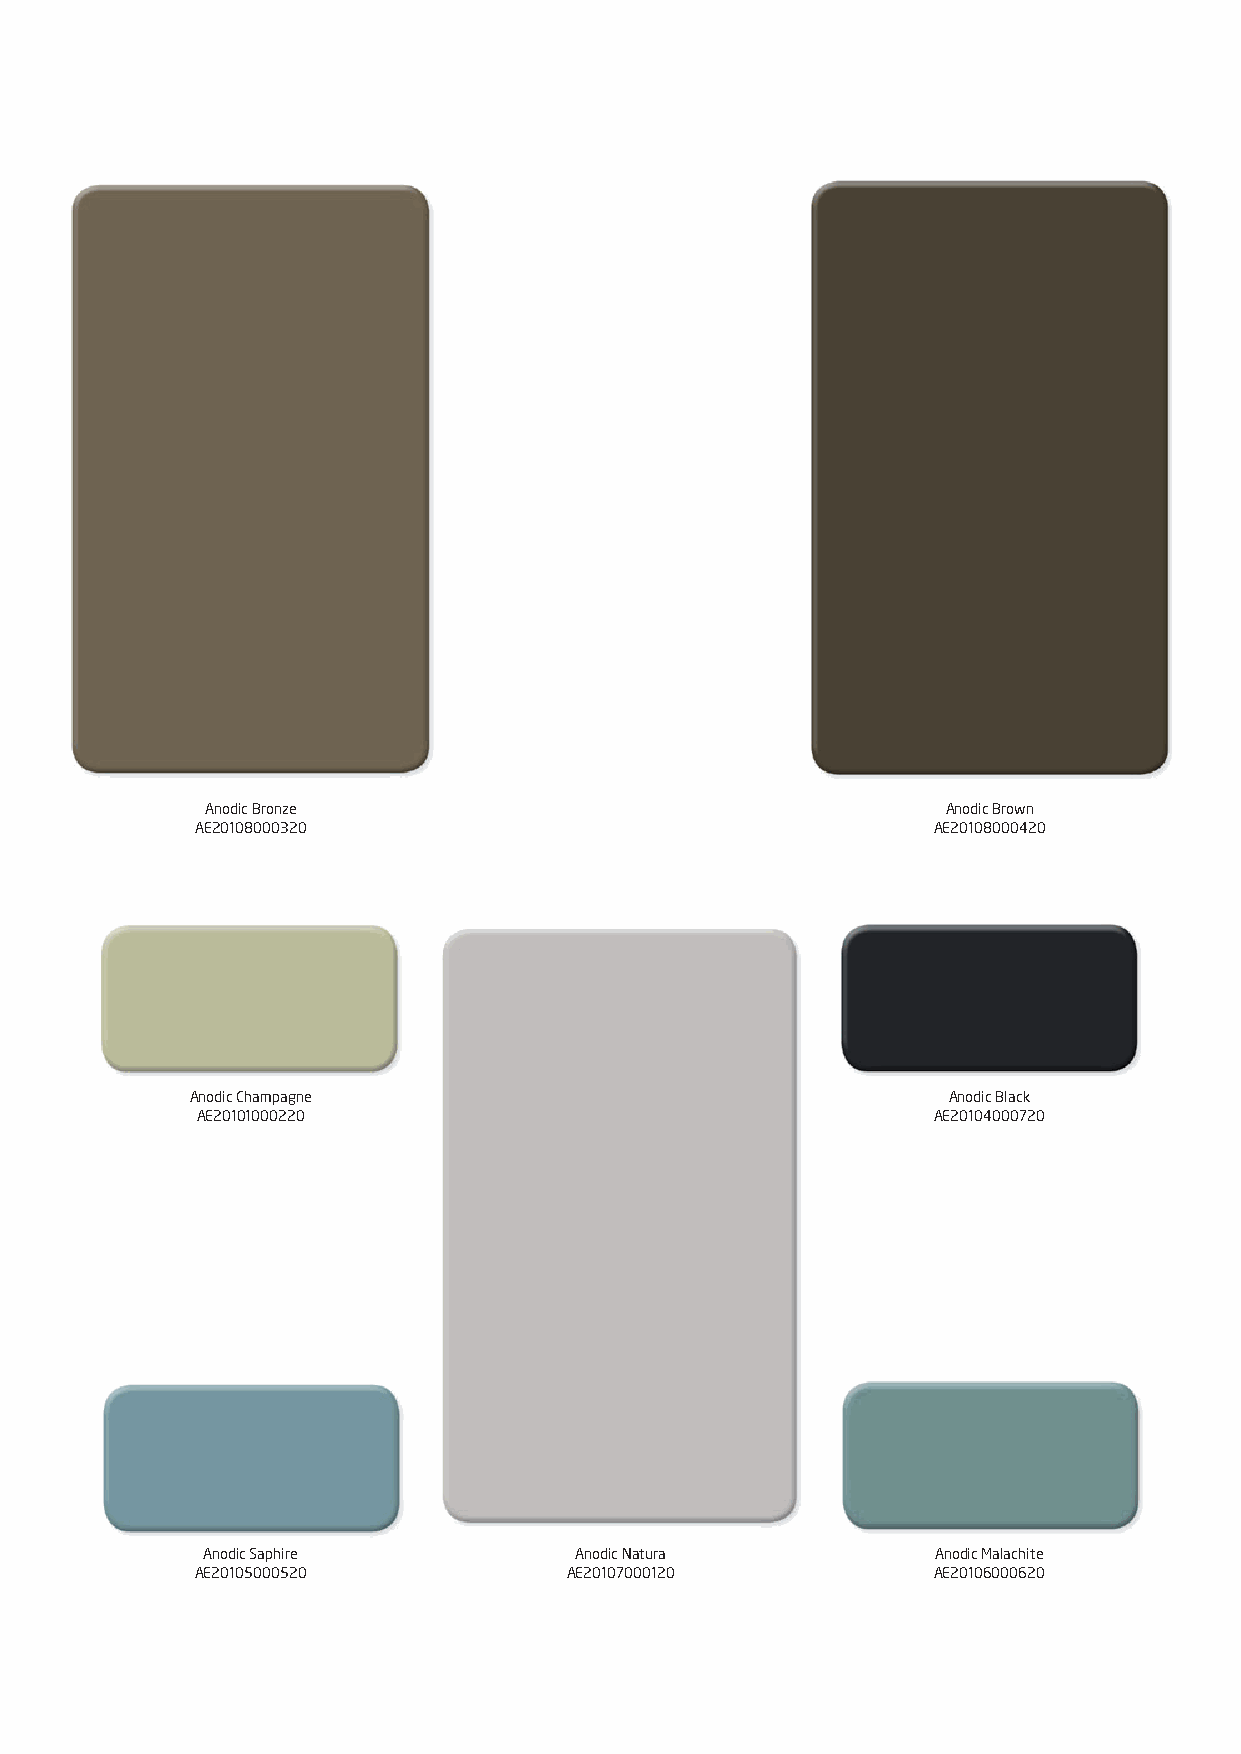
Anodic Bronze                                    Anodic Brown
 AE20108000320                                    AE20108000420
 Anodic Champagne                                  Anodic Black
 AE20101000220                                    AE20104000720
 Anodic Saphire           Anodic Natura           Anodic Malachite
 AE20105000520           AE20107000120            AE20106000620